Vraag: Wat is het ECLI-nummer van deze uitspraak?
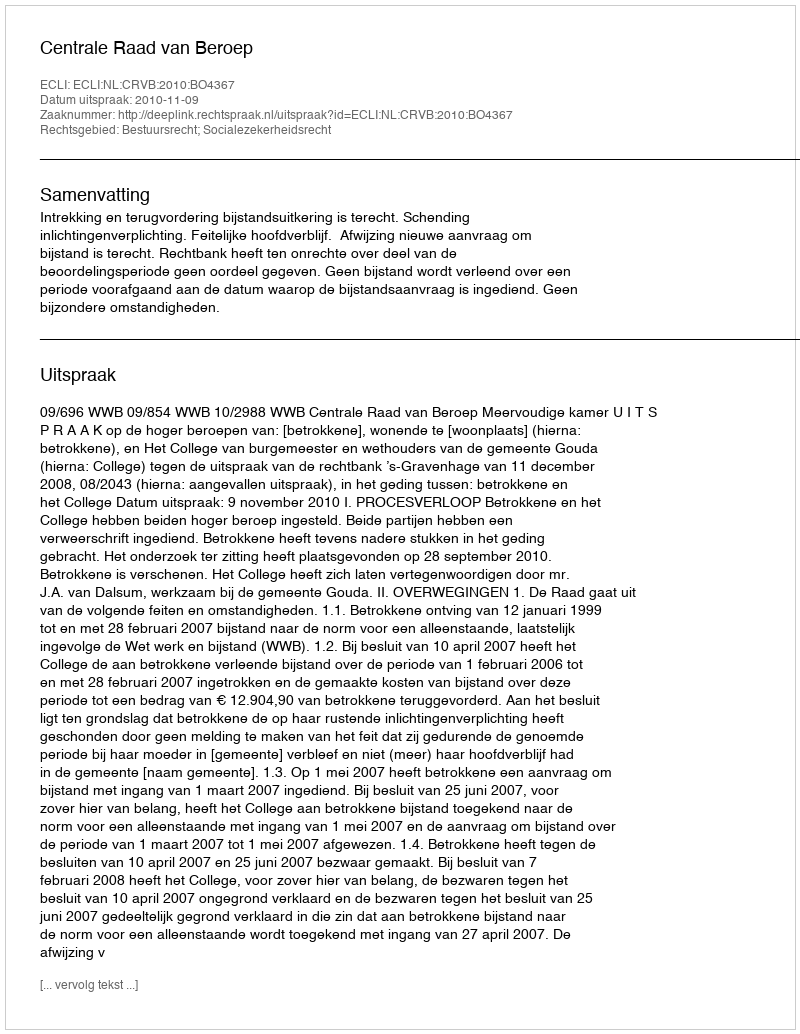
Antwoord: ECLI:NL:CRVB:2010:BO4367